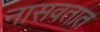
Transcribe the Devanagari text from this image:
नासवतात